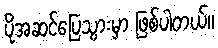
ပိုအဆင်ပြေသွားမှာ ဖြစ်ပါတယ်။